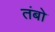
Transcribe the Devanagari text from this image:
तंबो